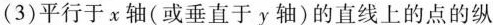
(3)平行于x轴(或垂直于y轴)的直线上的点的纵